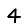
Digit: 4